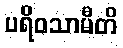
ပရိဝသာမီတိ